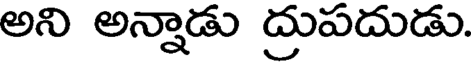
అని అన్నాడు ద్రుపదుడు.